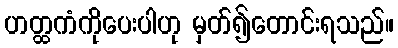
ဟတ္ထကံကိုပေးပါဟု မှတ်၍တောင်းရသည်။